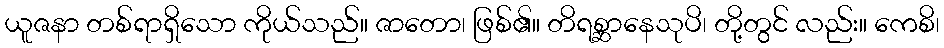
ယူဇနာ တစ်ရာရှိသော ကိုယ်သည်။ ဇာတော၊ ဖြစ်၏။ တိရစ္ဆာနေသုပိ၊ တို့တွင် လည်း။ ကေစိ၊